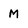
Character: M